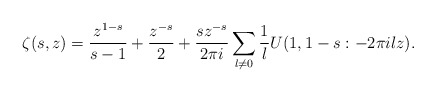
\begin{align*}\zeta(s,z) = \frac{z^{1-s}}{s-1} + \frac{z^{-s}}{2} + \frac{sz^{-s}}{2\pi i} \sum_{l \ne 0} \frac1l U(1,1-s:-2\pi ilz).\end{align*}